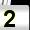
Digit: 2